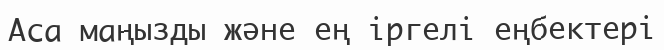
Аса маңызды және ең іргелі еңбектері